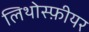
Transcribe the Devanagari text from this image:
लिथोस्फ़ीयर